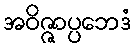
အဝိဇ္ဇာပ္ပဘေဒံ